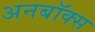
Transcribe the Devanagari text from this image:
अनबॉक्स